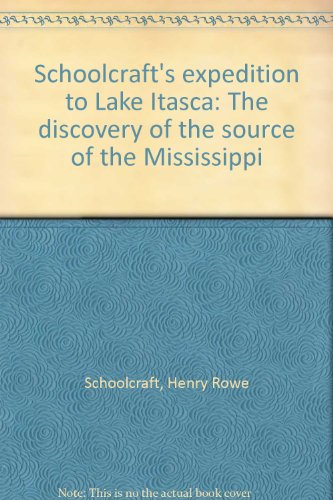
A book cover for Schoolcraft's expedition to Lake Itasca: The discovery of the source of the Mississippi; Henry Rowe Schoolcraft; Travel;